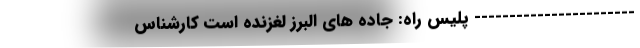
----------------------- پلیس راه: جاده های البرز لغزنده است کارشناس